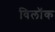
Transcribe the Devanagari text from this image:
विलॉक